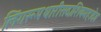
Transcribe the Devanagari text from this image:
लिंगरूपधारीसदाशिवमहादेव